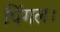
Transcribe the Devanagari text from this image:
पिंगल।